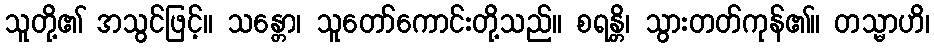
သူတို့၏ အသွင်ဖြင့်။ သန္တော၊ သူတော်ကောင်းတို့သည်။ စရန္တိ၊ သွားတတ်ကုန်၏။ တသ္မာဟိ၊